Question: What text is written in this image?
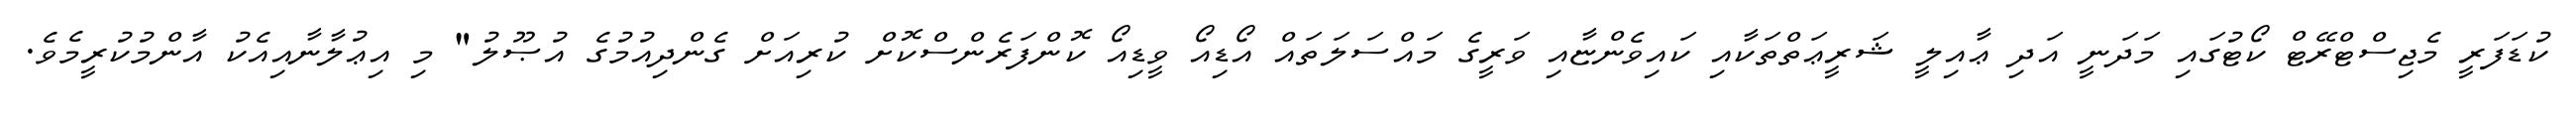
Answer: ކުޑަފަރީ މެޖިސްޓްރޭޓް ކޯޓުގައި މަދަނީ އަދި ޢާއިލީ ޝަރީޢަތްތަކާއި ކައިވެންޏާއި ވަރީގެ މައްސަލަތައް އޯޑިއޯ ވީޑިއޯ ކޮންފަރެންސްކޮށް ކުރިއަށް ގެންދިއުމުގެ އުޞޫލު" މި އިޢުލާނާއިއެކު އާންމުކުރީމެވެ.